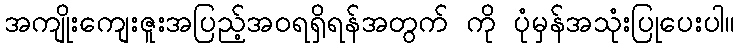
အကျိုးကျေးဇူးအပြည့်အဝရရှိရန်အတွက် ကို ပုံမှန်အသုံးပြုပေးပါ။